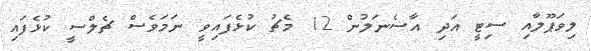
ލިވަޕޫލާއި ސިޓީ އަދި އާސެނަލުން 12 މެޗު ކުޅެފައިވީ ނަމަވެސް ޗެލްސީ ކުޅެފައި